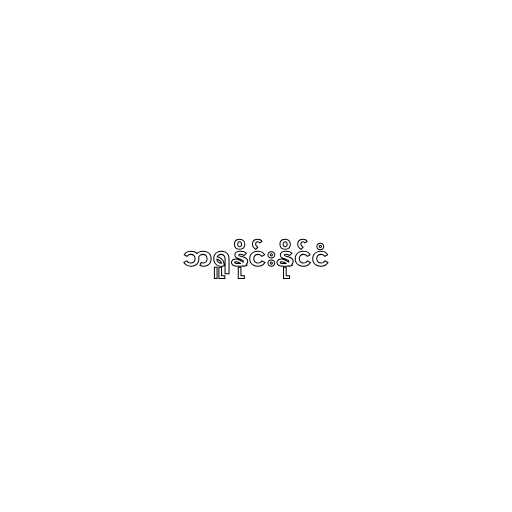
ဘရူနိုင်းနိုင်ငံ